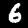
Label: 6